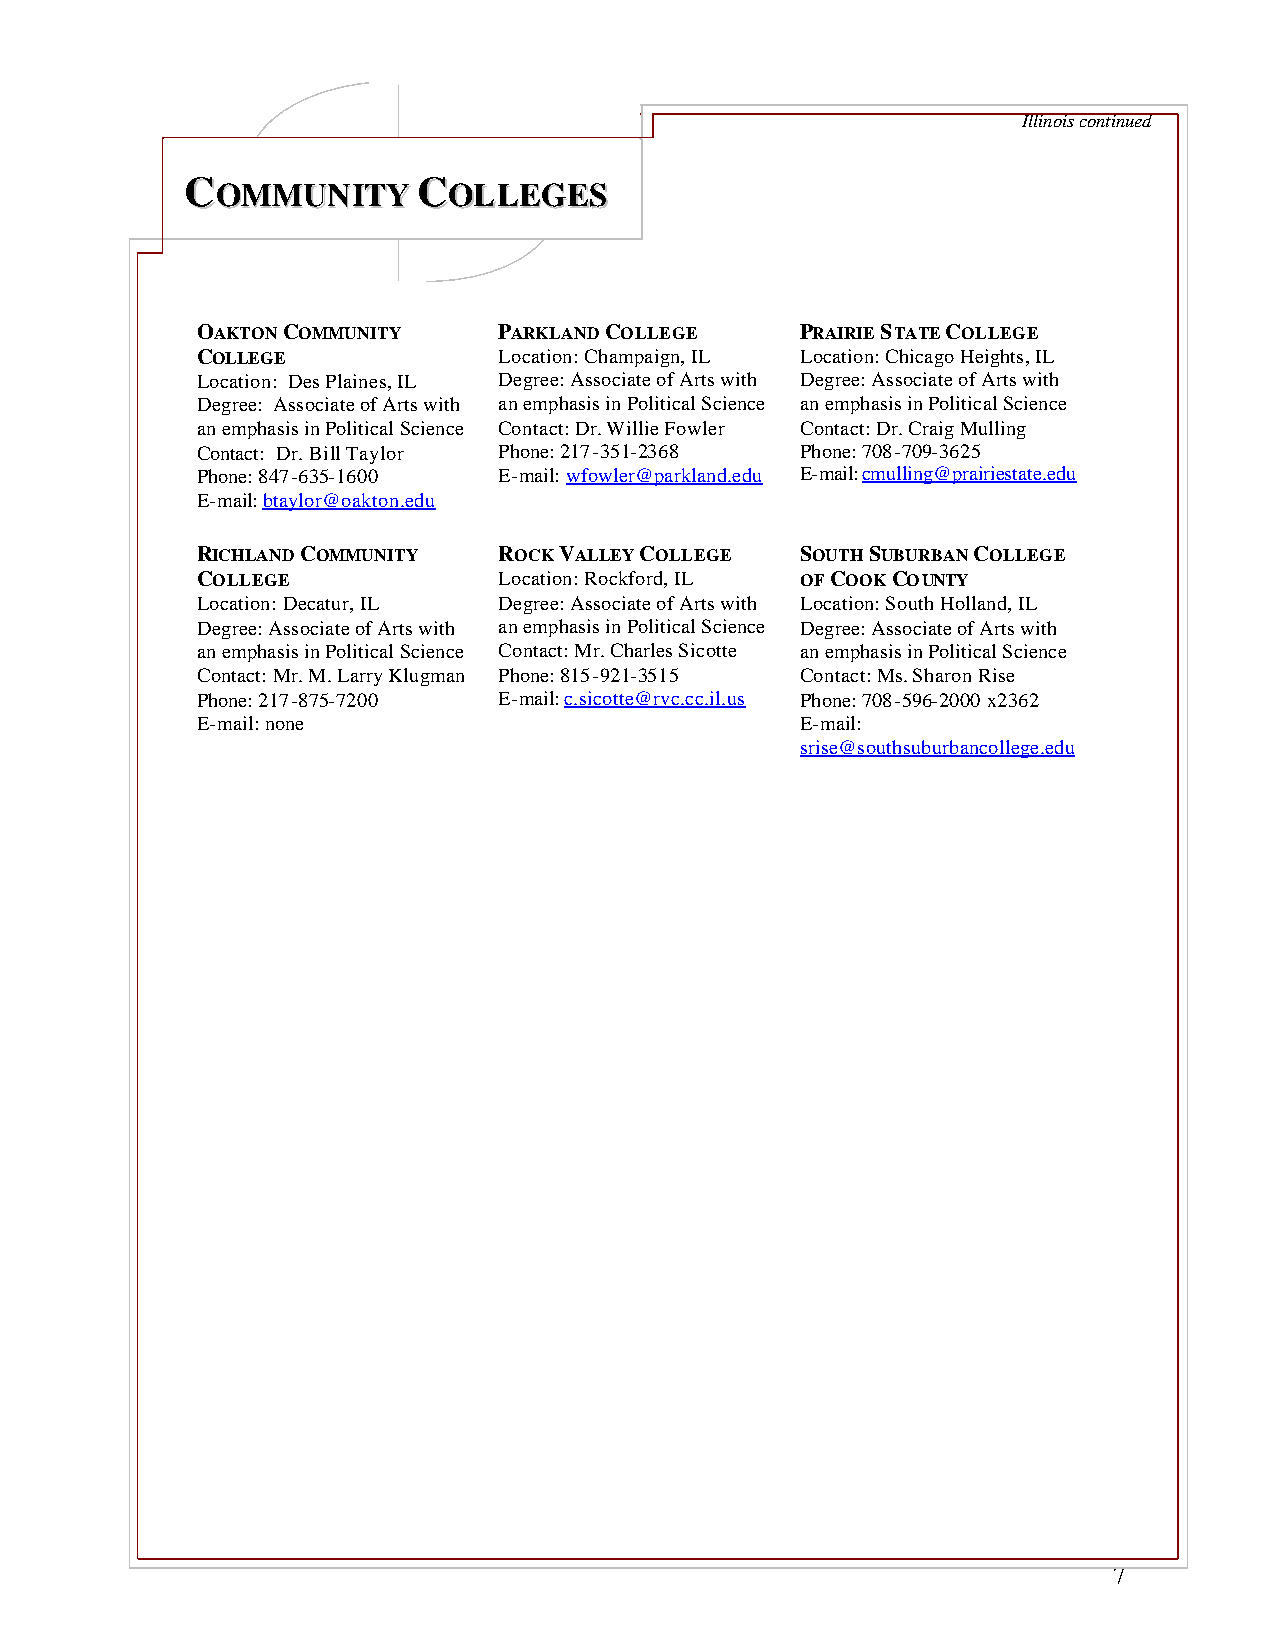
Illinois continued
 CCOOMMMMUUNNIITTYY CCOOLLLLEEGGEESS
 CC
 OAKTON COMMUNITY    PARKLAND COLLEGE    PRAIRIE STATE COLLEGE
 COLLEGE             Location: Champaign, IL Location: Chicago Heights, IL
 Location: Des Plaines, IL Degree: Associate of Arts with Degree: Associate of Arts with
 Degree: Associate of Arts with an emphasis in Political Science an emphasis in Political Science
 an emphasis in Political Science Contact: Dr. Willie Fowler Contact: Dr. Craig Mulling
 Contact: Dr. Bill Taylor Phone: 217-351-2368 Phone: 708-709-3625
 Phone: 847-635-1600 E-mail: wfowler@parkland.edu E-mail: cmulling@prairiestate.edu
 E-mail: btaylor@oakton.edu
 RICHLAND COMMUNITY  ROCK VALLEY COLLEGE SOUTH SUBURBAN COLLEGE
 COLLEGE             Location: Rockford, IL OF COOK COUNTY
 Location: Decatur, IL Degree: Associate of Arts with Location: South Holland, IL
 Degree: Associate of Arts with an emphasis in Political Science Degree: Associate of Arts with
 an emphasis in Political Science Contact: Mr. Charles Sicotte an emphasis in Political Science
 Contact: Mr. M. Larry Klugman Phone: 815-921-3515 Contact: Ms. Sharon Rise
 Phone: 217-875-7200 E-mail: c.sicotte@rvc.cc.il.us Phone: 708-596-2000 x2362
 E-mail: none                            E-mail:
 srise@southsuburbancollege.edu
 7